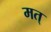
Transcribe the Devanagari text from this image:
मत्